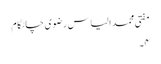
مفتی محمد الیاس رضوی چاٹگام
۴۔